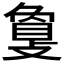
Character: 𢿌